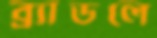
ব্র্যাডলে